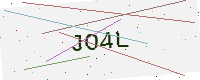
Text: JO4L